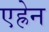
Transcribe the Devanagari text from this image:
एह्रेन